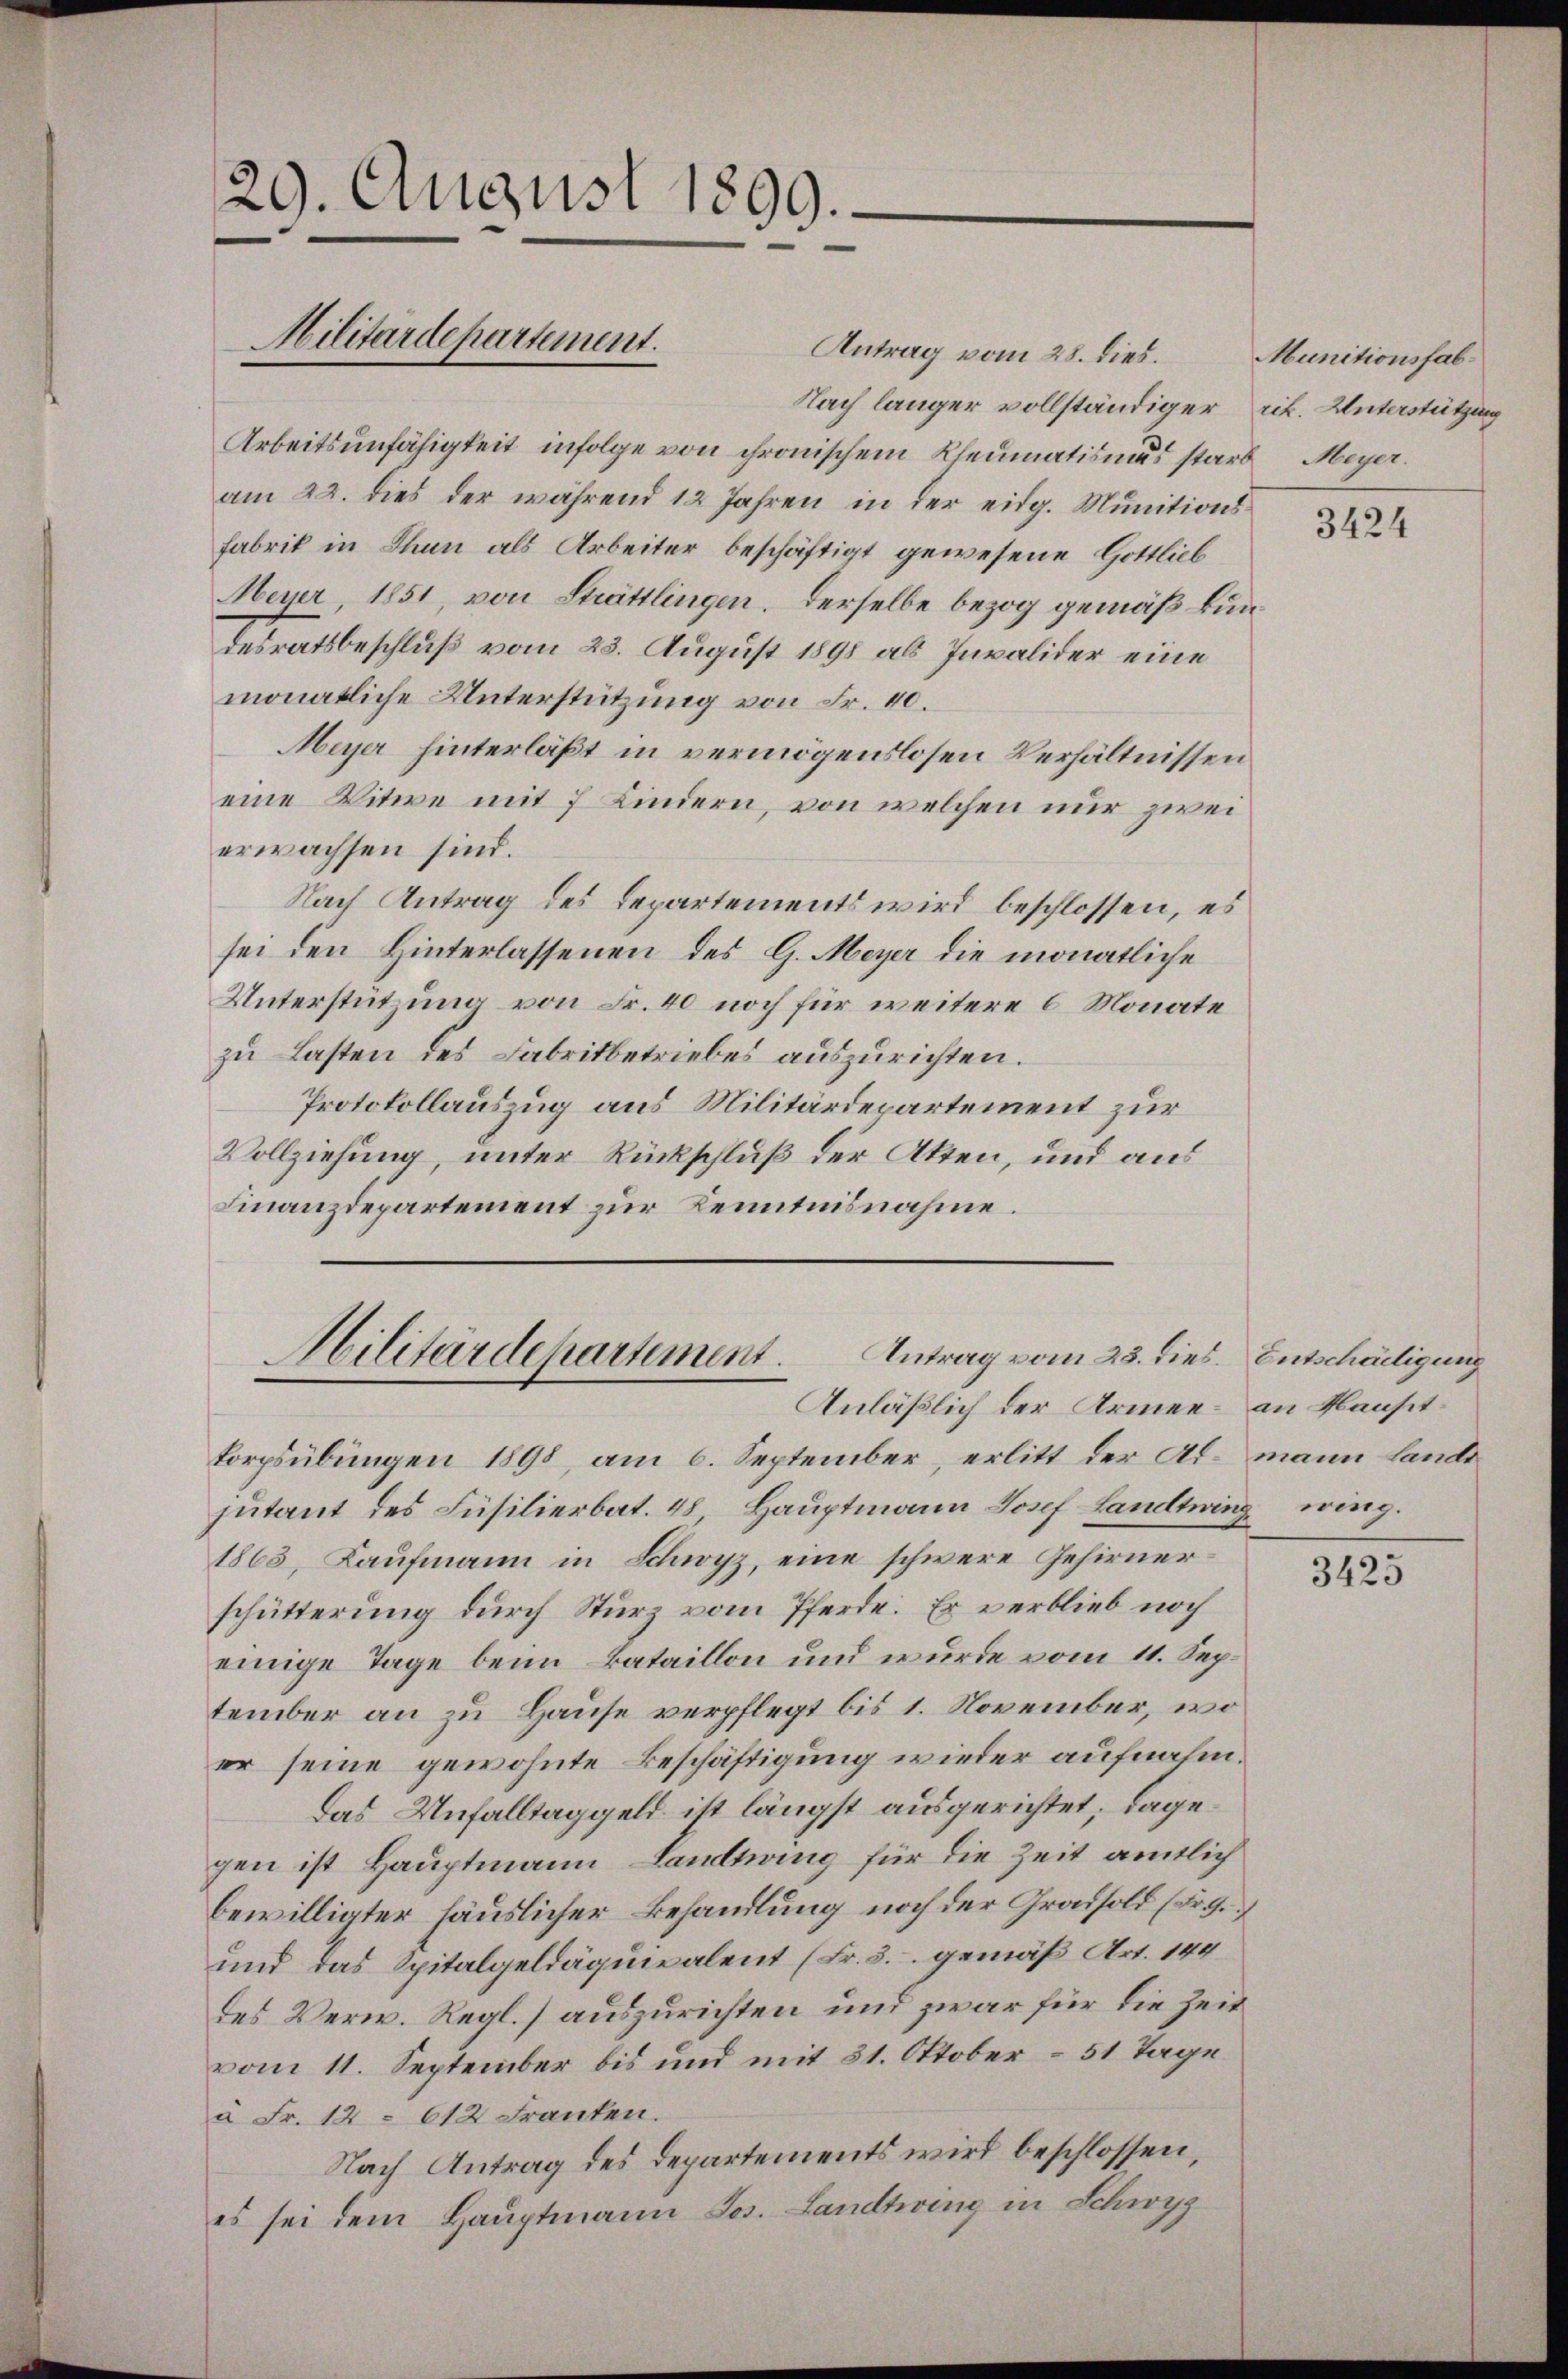
29. August 1899.
Militärdepartement.

Antrag vom 28. dies.
Nach länger vollständiger rit. Unterstützung
Arbeitsunfähigkeit infolge von chronischem Rheumatismus starb
am 22. dies der während 12 Jahren in der eidg. Munitions¬
Fabrik in Thun als Arbeiter beschäftigt gewesene Gottlieb
Meyer, 1851, von Strättlingen. Derselbe bezog gemäß kundesratsbeschluß vom 23. August 1898 als Invalider eine
monatliche Unterstützung von Fr. 40.
Meyer hinterläßt in vermögenslosen Verhältnissen
eine Witwe mit 7 Kindern, von welchen nur zwei
erwachsen sind.
Nach Antrag des Departements wird beschlossen, es
sei den Hinterlassenen des G. Meyer die monatliche
Unterstützung von Fr. 40 noch für weitere 6 Monate
zu Lasten des Fabritbetriebes auszurichten.
Protokollauszug aus Militärdepartement zur
Vollziehung, unter Rückschluß der Akten, und aus
Finanzdepartement zur Kenntnisnahme.

Antrag vom 23. dies. Entschädigung
Militärdepartement.
Anläßlich der Armee – an Klausit¬

Forpsübungen 1898, am 6. September, erlitt der Ad. mann Lande
jutant des Füsilierbat. 48 Hauptmann Josef Landtwing
1863, Kaufmann in Schwyz, eine schwere Gehirnerschütterung durch Sturz vom Pferde. Er verblieb noch
einige Tage beim Bataillon und wurde vom 11. September an zu Hause verpflegt bis 1. November, wo
er seine gewohnte Beschäftigung wieder aufnahm¬
Das Unfalltaggeld ist längst ausgerichtet, dagegen ist Hauptmann Landtwing für die Zeit amtlich
bewilligter häuslicher Behandlung noch der Gradsold (Fr.
und das Spitalgeldäquivalent (Fr. 3. gemäß Art. 144
des Verw. Regl.) auszurichten und zwar für die Zeit
vom 11. September bis und mit 31. Oktober – 51 Tage
à Fr. 12. 612 Franken.
Nach Antrag des Departements wird beschlossen,
es sei dem Hauptmann Jos. Landtwing in Schwyz

Munitionsfab¬
Meyer.

3424

wing.

3425